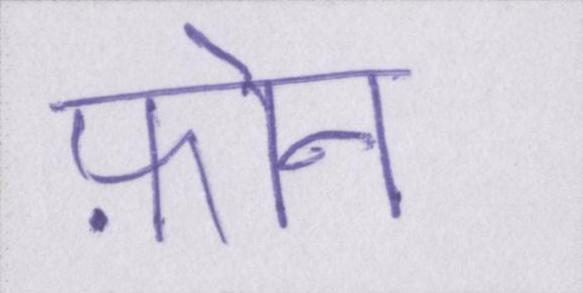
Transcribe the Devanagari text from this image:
फ़ोन